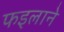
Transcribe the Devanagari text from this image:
फइलाने